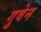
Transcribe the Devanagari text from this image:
गुवेन